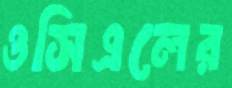
ওসিএলের